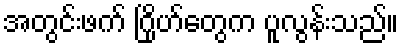
အတွင်းဖက် ဂြိုဟ်တွေက ပူလွန်းသည်။